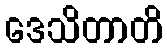
ဒေသိတာတိ